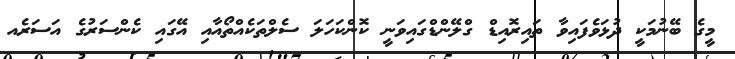
މީގެ ބޭނުމަކީ ދުޅަވެފައިވާ ތައިރޮއިޑް ގްލޭންޑްގައިވަނީ ކޮންކަހަލަ ސެލްތަކެއްތޯއާއި އޭގައި ކެންސަރުގެ އަސަރެއ